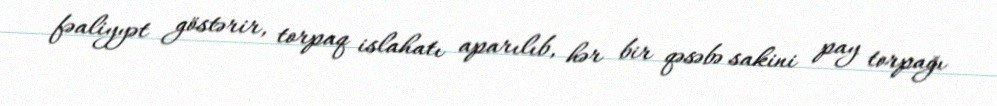
fəaliyyət göstərir, torpaq islahatı aparılıb, hər bir qəsəbə sakini pay torpağı